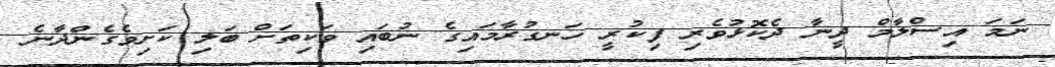
ނަމަ އިސްލާމް ދީނާ ދެކޮޅުވެރި ފިކުރީ ހަނގުރާމައިގެ ނުބައި ވަކިތަށް ބަލި ކަށިވެގެންދާނެ